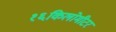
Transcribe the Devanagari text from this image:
१६किलोमीटर